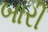
બારી